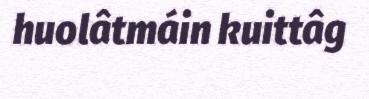
huolâtmáin kuittâg